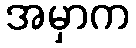
အမှာက